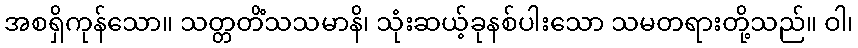
အစရှိကုန်သော။ သတ္တတိံသသမာနိ၊ သုံးဆယ့်ခုနစ်ပါးသော သမတရားတို့သည်။ ဝါ၊